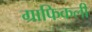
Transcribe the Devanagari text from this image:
ग्राफिकली